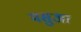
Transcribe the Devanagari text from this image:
मसुआ